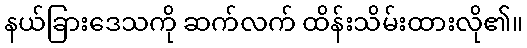
နယ်ခြားဒေသကို ဆက်လက် ထိန်းသိမ်းထားလို၏။